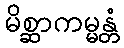
မိစ္ဆာကမ္မန္တံ